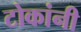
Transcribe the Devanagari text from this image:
टोकांनी